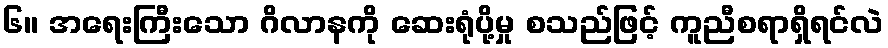
၆။ အရေးကြီးသော ဂိလာနကို ဆေးရုံပို့မှု စသည်ဖြင့် ကူညီစရာရှိရင်လဲ